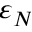
\varepsilon _ { N }